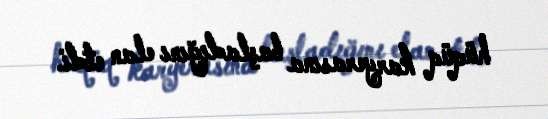
hüqüq karyerasına başladığını elan etdi.